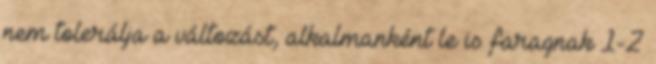
nem tolerálja a változást, alkalmanként le is faragnak 1-2